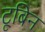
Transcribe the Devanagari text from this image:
टूबिन